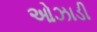
ઓઝાડી